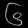
Digit: ၆